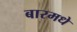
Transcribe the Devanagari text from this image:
बारमधे